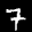
Label: 7